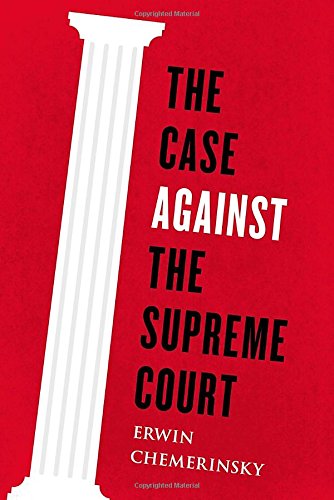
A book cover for The Case Against the Supreme Court; Erwin Chemerinsky; Law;